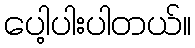
ပေါ့ပါးပါတယ်။